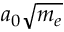
a _ { 0 } \sqrt { m _ { e } }